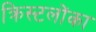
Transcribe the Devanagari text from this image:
क्रिस्टलोंका